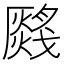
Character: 𤑂